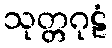
သုတ္တဂုဠံ